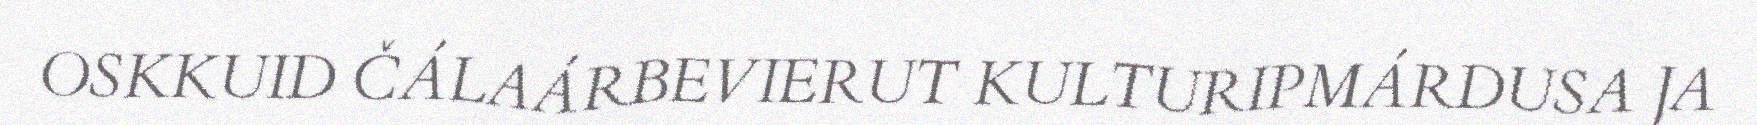
OSKKUID ČÁLAÁRBEVIERUT KULTURIPMÁRDUSA JA